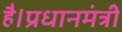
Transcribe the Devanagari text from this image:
है।प्रधानमंत्री